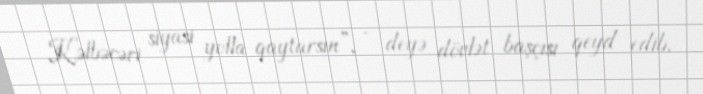
Kəlbəcəri siyasi yolla qaytarsın”, - deyə dövlət başçısı qeyd edib.